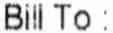
BILL TO :